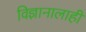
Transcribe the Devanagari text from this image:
विज्ञानालाही